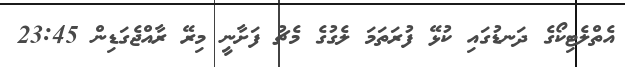
އެތްލެޓިކޯގެ ދަނޑުގައި ކުޅޭ ފުރަތަމަ ލެގުގެ މެޗު ފަށާނީ މިރޭ ރާއްޖެގަޑިން 23:45